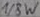
Text: 1/8W